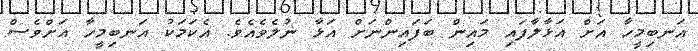
އަނބިމީހާ އަށް އަޅާލާފައި މައިން ބަފައިންނަށް އަޅާ ނުލެވެއެވެ. އެކަމަކު އަނބިމީހާ އަށްވެސް